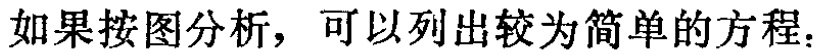
如果按图分析，可以列出较为简单的方程.